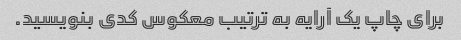
برای چاپ یک آرایه به ترتیب معکوس کدی بنویسید.